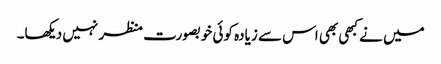
میں نے کبھی بھی اس سے زیادہ کوئی خوبصورت منظر نہیں دیکھا۔